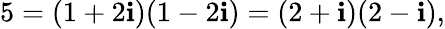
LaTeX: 5=(1+2\mathbf{i})(1-2\mathbf{i})=(2+\mathbf{i})(2-\mathbf{i}),